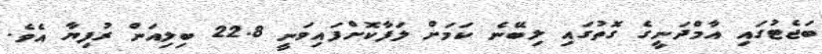
ބަޖެޓުގައި އާމްދަނީގެ ގޮތުގައި ލިބޭނެ ކަމަށް ލަފާކޮށްފައިވަނީ 22.8 ބިލިއަން ރުފިޔާ އެވެ.